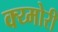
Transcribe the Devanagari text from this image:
क्य्मोरी